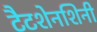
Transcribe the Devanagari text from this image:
टैटशेनशिनी